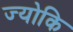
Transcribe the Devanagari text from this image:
ज्योकि